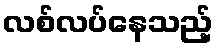
လစ်လပ်နေသည့်